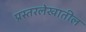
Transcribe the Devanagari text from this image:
प्रस्तरलेखातील